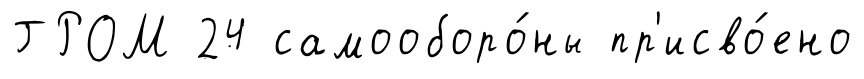
ГРОМ 24 самооборо́ны пр'исво́ено